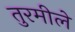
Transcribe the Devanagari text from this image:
तुरमीले